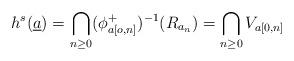
LaTeX: \begin{align*}h^{s}(\underline{a})=\bigcap_{n\geq 0}(\phi_{a[o,n]}^{+})^{-1}(R_{a_n})=\bigcap_{n\geq 0} V_{a[0,n]}\end{align*}